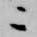
ニ